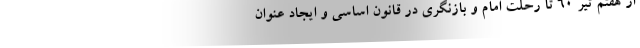
از هفتم تیر 60 تا رحلت امام و بازنگری در قانون اساسی و ایجاد عنوان